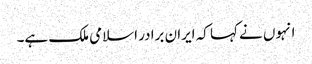
انہوں نے کہا کہ ایران برادر اسلامی ملک ہے۔